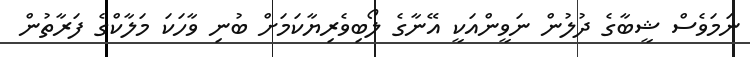
ނަމަވެސް ޝީބާގެ ދުލުން ނަވީންއަކީ އޭނާގެ ލޯބިވެރިޔާކަމަށް ބުނި ވާހަކަ މަލާކްގެ ފަރާތުން